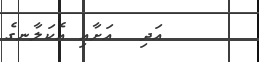
އަދި  އަށާއި އެކަލާނގެ